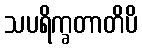
သပရိက္ခတာတိပိ